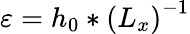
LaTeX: \varepsilon=h_{0}*\left(L_{x}\right)^{-1}